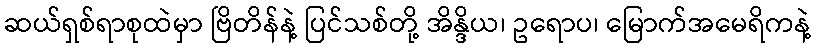
ဆယ်ရှစ်ရာစုထဲမှာ ဗြိတိန်နဲ့ ပြင်သစ်တို့ အိန္ဒိယ၊ ဥရောပ၊ မြောက်အမေရိကနဲ့